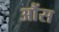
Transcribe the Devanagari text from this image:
आैंस